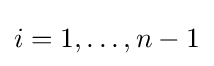
i=1,\ldots ,n-1